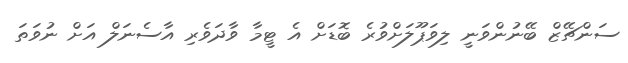
ސަންޗޭޒް ބޭނުންވަނީ ލިވަޕޫލަށްވުރެ ބޮޑަށް އެ ޓީމާ ވާދަވެރި އާސެނަލް އަށް ނުވަތަ